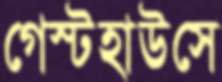
গেস্টহাউসে